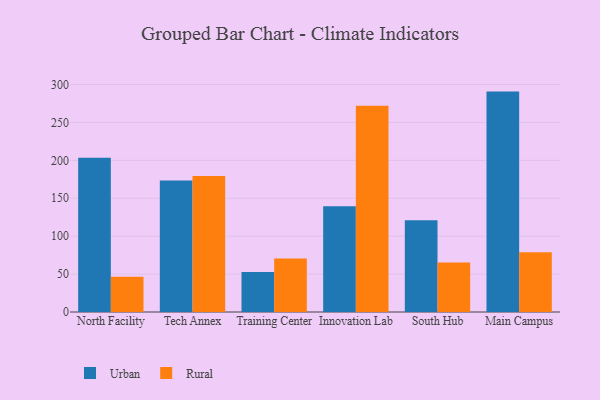
{"axis": {"x": "Campus", "y": "Energy Usage (MWh)"}, "legend": ["Rural", "Urban"], "data": [{"x": "North Facility", "y": 203.5, "type": "Urban"}, {"x": "North Facility", "y": 46.4, "type": "Rural"}, {"x": "Tech Annex", "y": 173.3, "type": "Urban"}, {"x": "Tech Annex", "y": 179.3, "type": "Rural"}, {"x": "Training Center", "y": 52.7, "type": "Urban"}, {"x": "Training Center", "y": 70.7, "type": "Rural"}, {"x": "Innovation Lab", "y": 139.4, "type": "Urban"}, {"x": "Innovation Lab", "y": 272.2, "type": "Rural"}, {"x": "South Hub", "y": 121.1, "type": "Urban"}, {"x": "South Hub", "y": 65.2, "type": "Rural"}, {"x": "Main Campus", "y": 290.7, "type": "Urban"}, {"x": "Main Campus", "y": 78.8, "type": "Rural"}]}